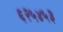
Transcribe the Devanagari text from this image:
६२५४५३